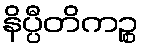
နိပ္ပီတိကဉ္စ